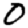
Digit: 0